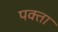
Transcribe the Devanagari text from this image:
पक्ता